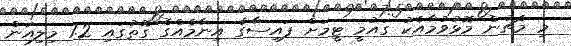
މި މެޗުން މޮޅުވުމާއެކު ގައުމީ ޓީމަށް ފައިސާގެ އިނާމެއްގެ ގޮތުގައި 1.2 މިލިއަން